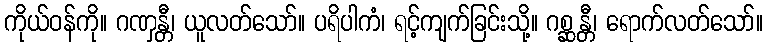
ကိုယ်ဝန်ကို။ ဂဏှန္တီ၊ ယူလတ်သော်။ ပရိပါကံ၊ ရင့်ကျက်ခြင်းသို့။ ဂစ္ဆန္တီ၊ ရောက်လတ်သော်။